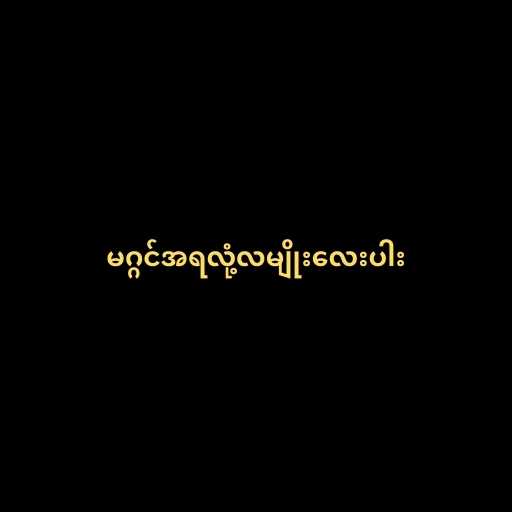
မဂ္ဂင်အရလုံ့လမျိုးလေးပါး